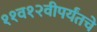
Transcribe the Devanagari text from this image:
११व१२वीपर्यंतचे